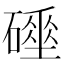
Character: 𥖌